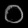
Digit: ၀